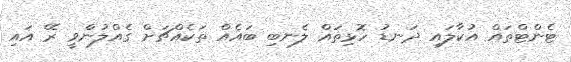
ޓެންޓްތައް އުކާލައި ދަނޑު ހޮޅިތައް ލެނބި ބައެއް ތަކެއްޗަށް ގެއްލުންވީ ރޭ އައި